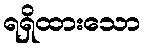
ရရှိထားသော